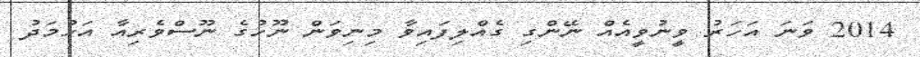
2014 ވަނަ އަހަރު ވީނުވީއެއް ނޭންގި ގެއްލިފައިވާ މިނިވަން ނޫހުގެ ނޫސްވެރިއާ އަހުމަދު